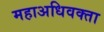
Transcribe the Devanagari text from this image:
महाअधिवक्ता